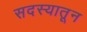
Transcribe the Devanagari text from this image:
सदस्यातून